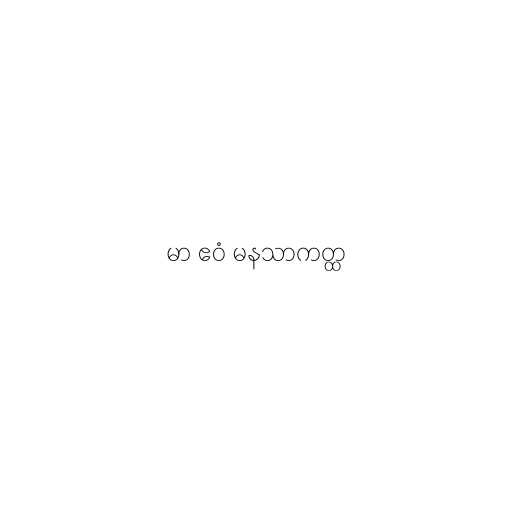
မာ ဧဝံ မနသာကတ္ထ